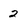
Character: 2